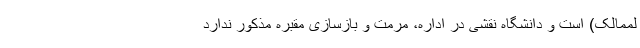
لممالک) است و دانشگاه نقشی در اداره، مرمت و بازسازی مقبره مذکور ندارد